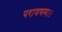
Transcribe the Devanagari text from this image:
परायणम।।